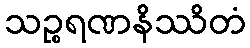
သဉ္စရဏနိဿိတံ